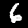
Digit: 6